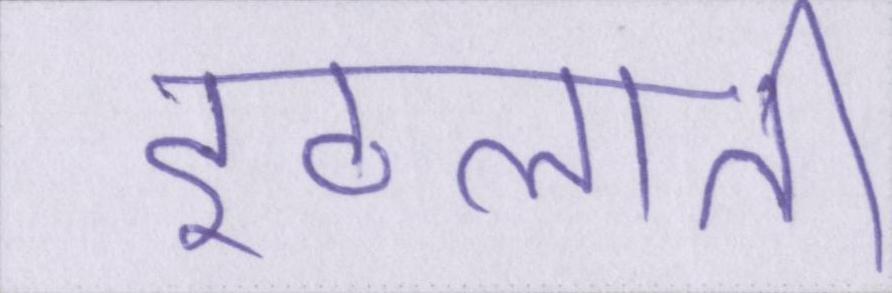
इठलाती